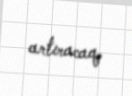
artıracaq.